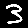
Digit: 3